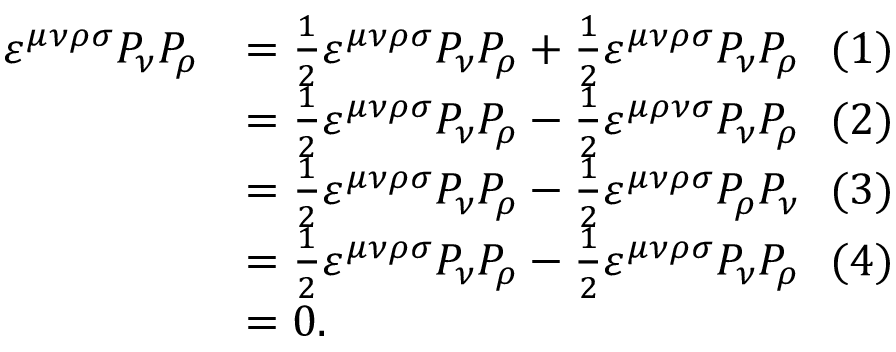
\begin{array} { r l } { \varepsilon ^ { \mu \nu \rho \sigma } P _ { \nu } P _ { \rho } } & { = \frac { 1 } { 2 } \varepsilon ^ { \mu \nu \rho \sigma } P _ { \nu } P _ { \rho } + \frac { 1 } { 2 } \varepsilon ^ { \mu \nu \rho \sigma } P _ { \nu } P _ { \rho } \ \ ( 1 ) } \\ & { = \frac { 1 } { 2 } \varepsilon ^ { \mu \nu \rho \sigma } P _ { \nu } P _ { \rho } - \frac { 1 } { 2 } \varepsilon ^ { \mu \rho \nu \sigma } P _ { \nu } P _ { \rho } \ \ ( 2 ) } \\ & { = \frac { 1 } { 2 } \varepsilon ^ { \mu \nu \rho \sigma } P _ { \nu } P _ { \rho } - \frac { 1 } { 2 } \varepsilon ^ { \mu \nu \rho \sigma } P _ { \rho } P _ { \nu } \ \ ( 3 ) } \\ & { = \frac { 1 } { 2 } \varepsilon ^ { \mu \nu \rho \sigma } P _ { \nu } P _ { \rho } - \frac { 1 } { 2 } \varepsilon ^ { \mu \nu \rho \sigma } P _ { \nu } P _ { \rho } \ \ ( 4 ) } \\ & { = 0 . } \end{array}